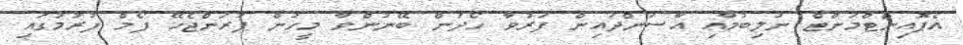
އެޕޮއިންޓްމަންޓް ނުލިބުމާއި އާސަންދައިން ފަރުވާ ހޯދަން ބޭނުންވާ މީހުން ފުރަންޖެހޭ ފޯމް ފުރުމުގައި